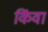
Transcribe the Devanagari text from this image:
किंवा